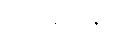
လေဆိပ်နှင့်